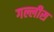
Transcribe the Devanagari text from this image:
गल्लीस